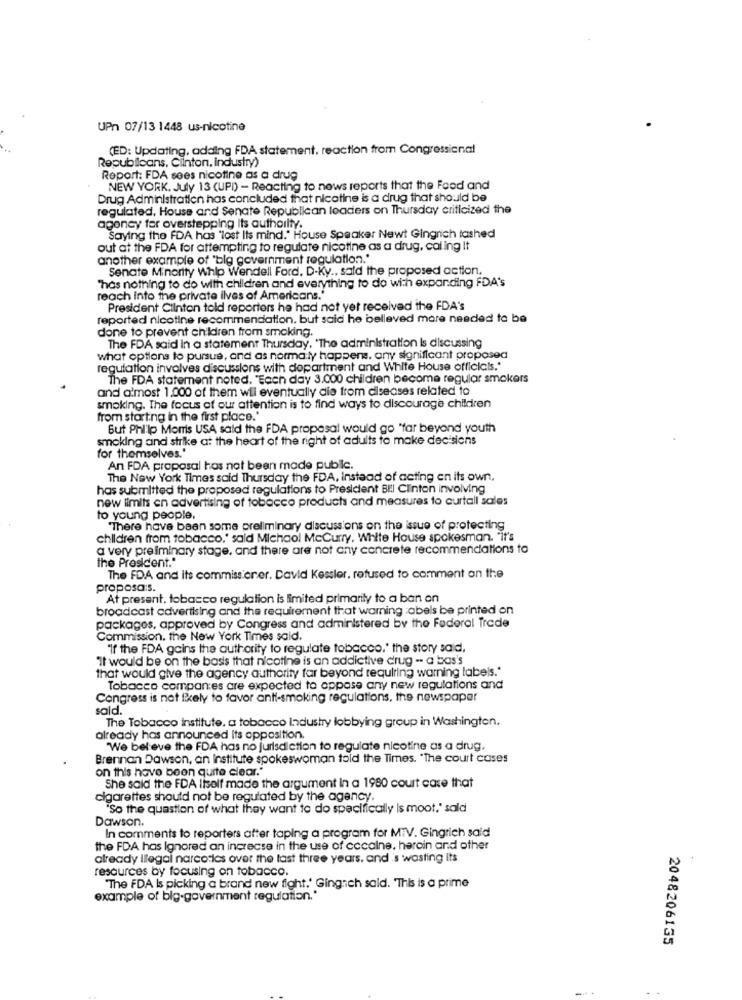
UPn 07/13 1448 us-nicotine
(ED: Updating, adding FDA statement. reaction from Congressional
Republicans, Clinton, industry)
Report: FDA sees nicotine as a drug
NEW YORK. July 13 (UPD) - Reacting to news reports that the Food and
Drug Administration has concluded that nicotine is a drug that should be
regulated, House and Senate Republican loaders on Thursday criticized the
agoney fer overstepping Its authority.
Saying the FDA has "lost Its mind." House Speaker Newt Gingrich tashed
out at the FDA for attempting to regulate nicotine as a drug, caling It
another example of "big government regulation."
Senate Minority Whip Wendell Ford, D-Ky .. sald the proposed action,
"has nothing to do with children and everything to do with expanding FDA's
reach into the private ilves of Americans.'
President Clinton told reporters he had not yet received the FDA's
reported nicotine recommendation. but said he belleved mare needed to be
done to prevent children from smoking.
The FDA said In a statement Thursday, 'The administration is discussing
what options to pursue, and as normaly happens. any significant proposed
regulation involves discussions with department and White House officials."
The FDA statement noted. "Each day 3.000 children become regular smokers
and almost 1.000 of them wil eventually die from diseases related to
smoking. The focus of our attention is to find ways to discourage children
from starting in the first place."
But Philip Morris USA said the FDA proposal would go "far beyond youth
smoking and strike at the heart of the right of adults to make decisions
for themselves."
An FDA proposal has not been made public.
The New York Times said Thursday the FDA, instead of acting en its own,
has submitted the proposed regulations to President BII Clinton involving
new limits en advertising of tobacco products and measures to curtall sales
to young people,
"There have been some preliminary discussions on the issue of protecting
children from tobacco," said Michaol MeCurry, White House spokesman. "It's
a very preliminary stage, and there are not any concrete recommendations to
the President."
The FDA and Its commissioner. David Kessler, refused to comment on the
proposa:s.
At present, tobacco regulation is limited primarily to a ban on
broadcast advertising and the requirement that warning :abels be printed on
packages, approved by Congress and administered by the Federal Trade
Commission. the New York Times said.
"If the FDA gains the authority to regulate tobacco." the story said.
"it would be on the basis that nicotine is an addictive drug -- a bas's
that would give the agency authority far beyond requiring warning labels."
Tobacco companies are expected to oppase any new regulations and
Congress is not likely to favor anti-smoking regulations, the newspaper
sald.
The Tobacco institute, a tobacco Industry lobbying group in Washington.
already has announced its opposition.
"We believe the FDA has no jurisdiction to regulate nicotine as a drug.
Brennan Dawson, an Institute spokeswoman told the Times. "The court cases
on this have been quite clear."
She said the FDA liself made the argument in a 1980 court case that
cigarettes should not be regulated by the agency.
"So the question of what they want to do specifically Is moot,' sald
Dawson.
In comments to reporters after taping a program for MTV. Gingrich said
the FDA has Ignored an increase in the use of cccalne. heroin and other
already Illegal narcotics over the last three years, and 's wasting its
resources by focusing on tobacco.
"The FDA Is picking a brand new fight.' Gingich sald. This is a prime
example of big-government regulation."
2048206135